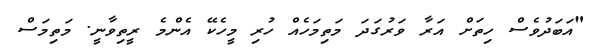
"އަބަދުވެސް ހިތަށް އަރާ ވަރުގަދަ މަތިމަހެއް ހުރި މީހެކޭ އެންމެ ރީތިވާނީ. މަތިމަސް